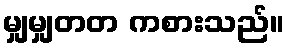
မျှမျှတတ ကစားသည်။